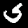
Digit: 5